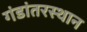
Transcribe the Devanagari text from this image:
गंडांतरस्थान